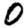
Digit: 0